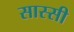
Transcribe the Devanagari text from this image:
सास्सी